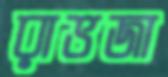
রাভজা